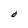
Character: O